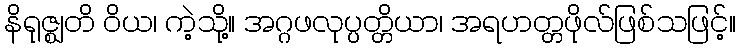
နိရုဇ္ဈတိ ဝိယ၊ ကဲ့သို့။ အဂ္ဂဖလုပ္ပတ္တိယာ၊ အရဟတ္တဖိုလ်ဖြစ်သဖြင့်။